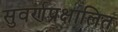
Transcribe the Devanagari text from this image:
सुवर्णप्रक्षालित